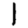
Digit: 1